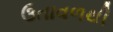
ઉતાવળથી